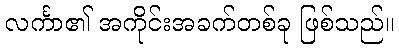
လင်္ကာ၏ အကိုင်းအခက်တစ်ခု ဖြစ်သည်။